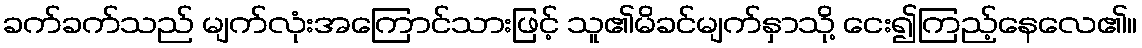
ခက်ခက်သည် မျက်လုံးအကြောင်သားဖြင့် သူ၏မိခင်မျက်နှာသို့ ငေး၍ကြည့်နေလေ၏။